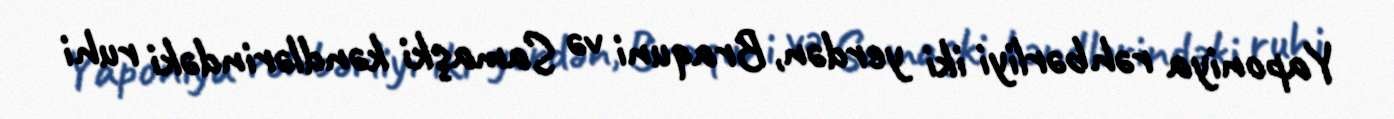
Yaponiya rəhbərliyi iki yerdən, Braquni və Samaşki kəndlərindəki ruhi